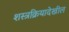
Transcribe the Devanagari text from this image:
शस्त्रक्रियादेखील